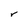
Character: r